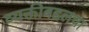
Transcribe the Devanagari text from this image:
व्यक्तीबद्दलचा